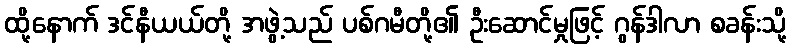
ထို့နောက် ဒင်နီယယ်တို့ အဖွဲ့သည် ပစ်ဂမီတို့၏ ဦးဆောင်မှုဖြင့် ဂွန်ဒါလာ စခန်းသို့